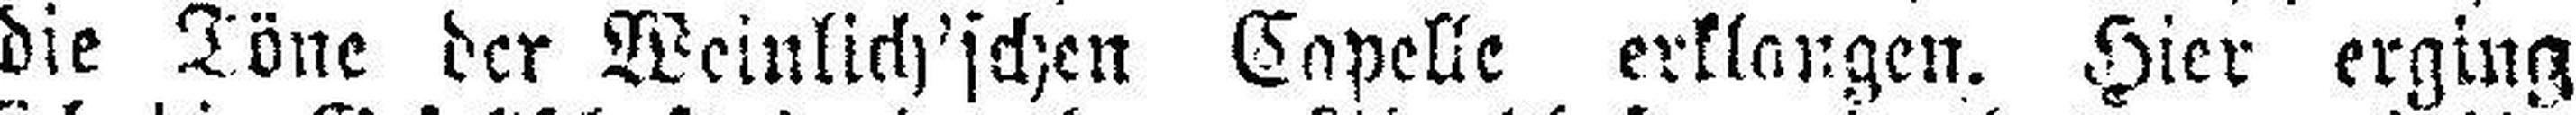
die Töne der Weinlich'schen Capelle erklangen. Hier erging